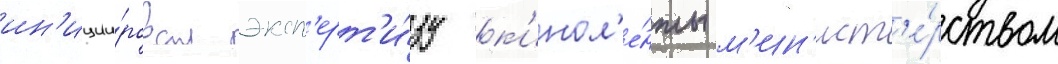
ин'иции́ровал эксп'ерт'и́зу к'инол'е́нты м'ин'ист'е́рством